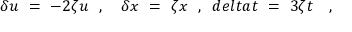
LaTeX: \delta u \ = \ - 2 \zeta u \ \ , \ \ \ \delta x \ = \ \zeta x \ \ , \ \, d e l t a t \ = \ 3 \zeta t \ \ \ ,